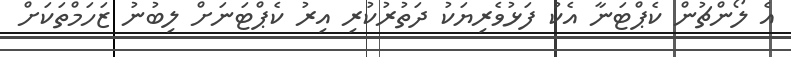
އެ ލޯންޗުން ކެޕްޓަނާ އެކު ފަޅުވެރިޔަކު ދަތުރުކުރި އިރު ކެޕްޓަނަށް ލިބުނު ޒަހަމްތަކަށް